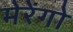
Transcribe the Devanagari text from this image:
मेरेंगो